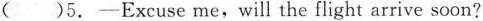
( )5.-Excuse me,will the flight arrive soon?